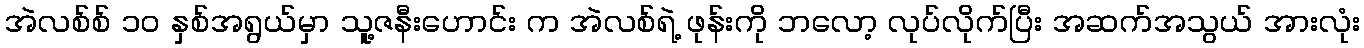
အဲလစ်စ် ၁၀ နှစ်အရွယ်မှာ သူ့ဇနီးဟောင်း က အဲလစ်ရဲ့ ဖုန်းကို ဘလော့ လုပ်လိုက်ပြီး အဆက်အသွယ် အားလုံး